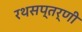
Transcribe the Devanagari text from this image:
रथसप्‍तर्णी